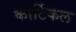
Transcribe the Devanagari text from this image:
कार्टिकल